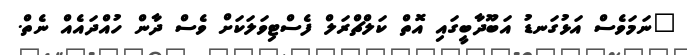
"ނަމަވެސް އަޅުގަނޑު އަބޫދާބީގައި އޮތް ކަލްޗްރަލް ފެސްޓިވަލަކަށް ވެސް ދާން ހުއްދައެއް ނެތް.